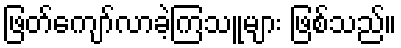
ဖြတ်ကျော်လာခဲ့ကြသူများ ဖြစ်သည်။